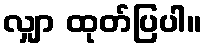
လျှာ ထုတ်ပြပါ။